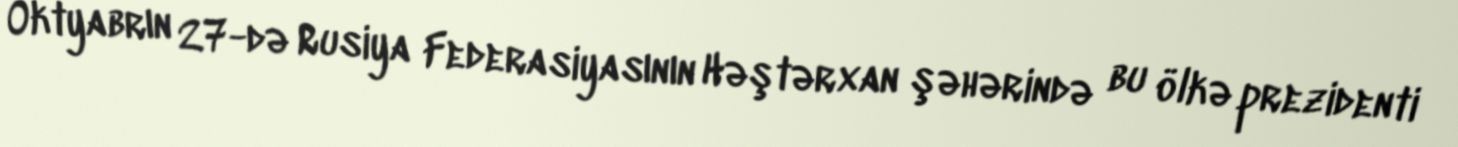
Oktyabrın 27-də Rusiya Federasiyasının Həştərxan şəhərində bu ölkə prezidenti